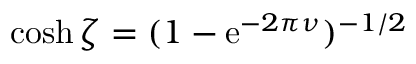
\cosh \zeta = ( 1 - \mathrm { e } ^ { - 2 \pi \nu } ) ^ { - 1 / 2 }